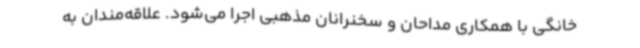
خانگی با همکاری مداحان و سخنرانان مذهبی اجرا می‌شود. علاقه‌مندان به